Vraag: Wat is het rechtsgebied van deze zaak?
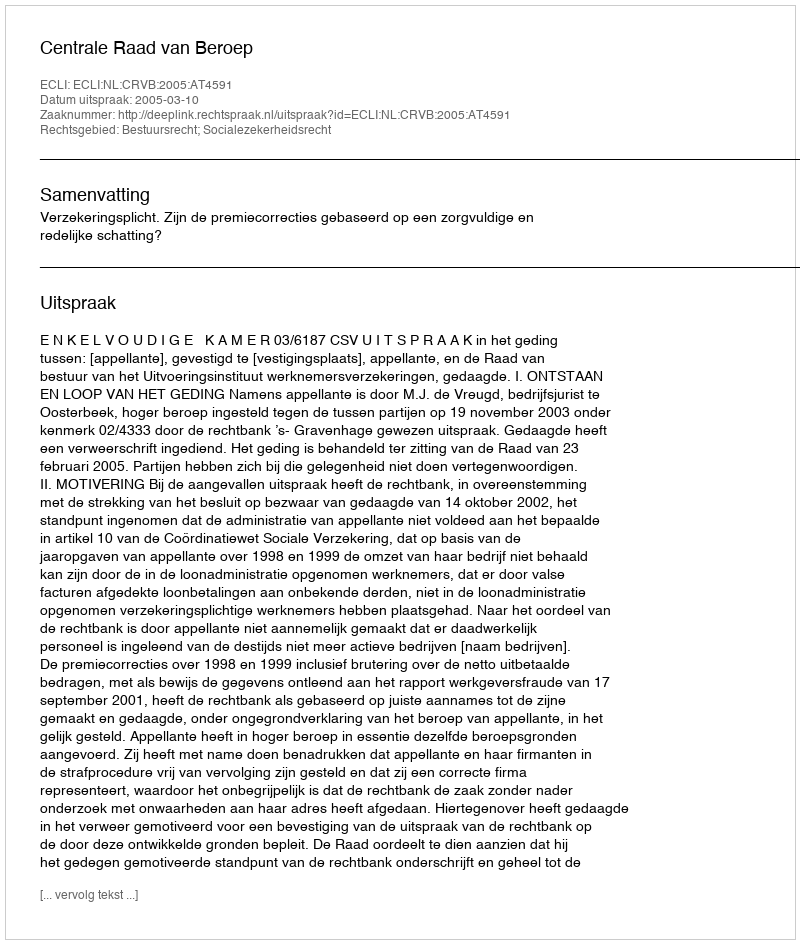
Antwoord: Bestuursrecht; Socialezekerheidsrecht